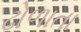
ઢોળાતા